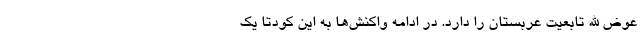
عوض الله تابعیت عربستان را دارد. در ادامه واکنش‌ها به این کودتا یک